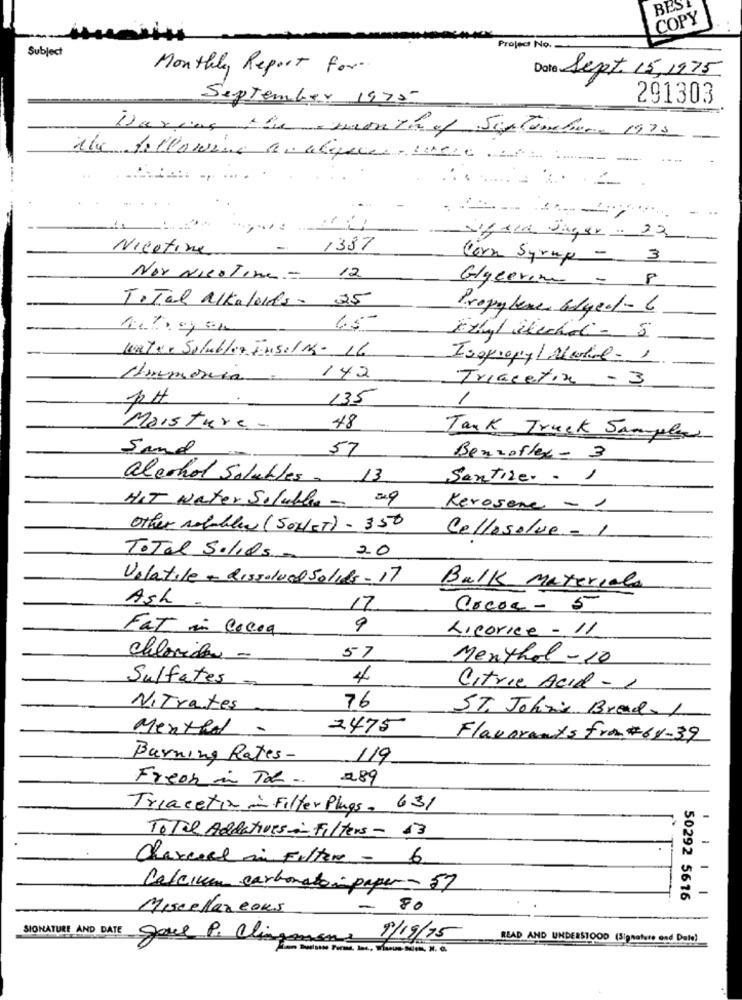
BES
COPY
Subject
Project No.
Monthly Report for.
Date Sept. 15, 1975
September 1975
291303
During the amonth of Sintomebare 1975
the following analyse - 11920, 25:
--
-
Nicotine
- 1387
Corn Syrup - 3
Nor NicaTime = 12
Glycerin - 8
Total Alkaloids. 25
Propylene bodyed- 6
65-
water Solubler Ensal M- 16
Isopropyl Marke- 1
142
Triacetix - 3
135
/
Moisture.
48
Tank Truck Samples
Sand
57
Benzoffer - 3
alcohol Solubles - 13
Sentire. . ,
HIT Water Soluble - 59
Kerosene - 1
Other setabler (SONET) - 350
Cellasolve = 1
Total Solids
20
Volatile - Dissolved Solids - 17
Balk Materials
Ash
17
arcos - 5
Fat in Cocoa
9
Licorice - 11
Chloride -
57
Menthol -10
Sulfates
4
Citric Acid - 1
NiTrates
76
ST. John's Brad. 1
Menthal.
2475
Flavorants fra#61-39
Burning Rates-
119
Freen in The ..
289
Triacetin in Filter Plugs. 631
-
Total Addatives :- Filters - 13
-
Charcoal in Filtre - 6
Calcium carbonato : paper - 57
-
50292 5616
....
Miscellaneous
80
SIONATURE AND DATE
gave P. Clingon
9/19/75
READ AND UNDERSTOOD (Signature and Data)